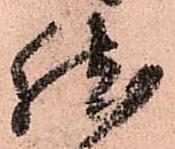
然